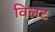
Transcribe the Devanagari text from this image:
विलट